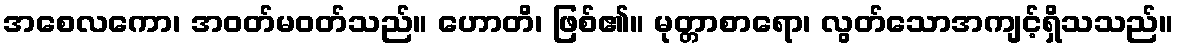
အစေလကော၊ အဝတ်မဝတ်သည်။ ဟောတိ၊ ဖြစ်၏။ မုတ္တာစာရော၊ လွတ်သောအကျင့်ရှိသသည်။